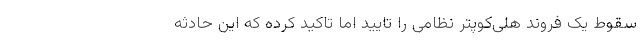
سقوط یک فروند هلی‌کوپتر نظامی را تایید اما تاکید کرده که این حادثه